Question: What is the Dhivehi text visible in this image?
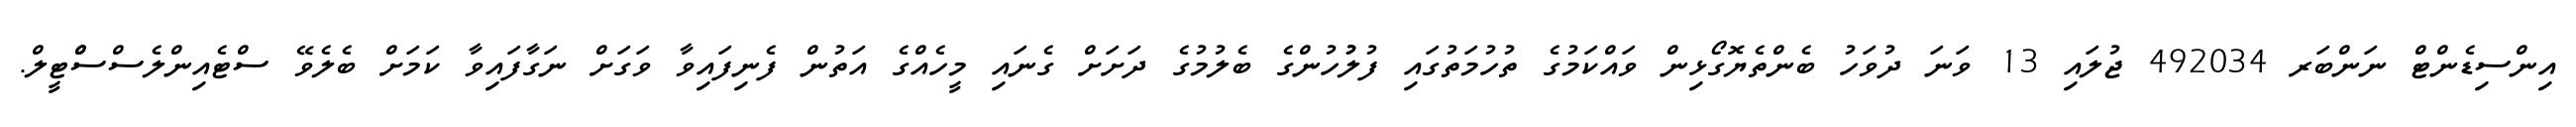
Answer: އިންސިޑެންޓް ނަންބަރ 492034 ޖުލައި 13 ވަނަ ދުވަހު ބެންތެޔޮގޯޅިން ވައްކަމުގެ ތުހުމަތުގައި ފުލުުހުންގެ ބެލުމުގެ ދަށަށް ގެނައި މީހެއްގެ އަތުން ފެނިފައިވާ ވަގަށް ނަގާފައިވާ ކަމަށް ބެލެވޭ ސްޓެއިންލެސްސްްޓީލް.